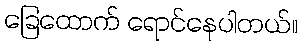
ခြေထောက် ရောင်နေပါတယ်။